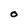
Character: O